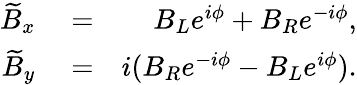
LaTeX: \begin{array}{rlr}{\widetilde{B}_{x}}&{{}=}&{B_{L}e^{i\phi}+B_{R}e^{-i\phi},}\\ {\widetilde{B}_{y}}&{{}=}&{i(B_{R}e^{-i\phi}-B_{L}e^{i\phi}).}\end{array}